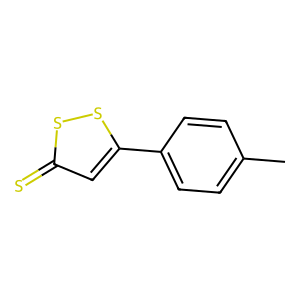
SMILES: Cc1ccc(-c2cc(=S)ss2)cc1
Inhibits HIV replication: No